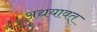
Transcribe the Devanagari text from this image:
अद्ययावत्